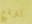
لنرفع